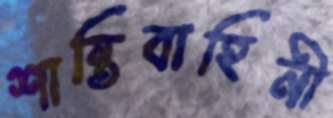
শান্তিবাহিনী